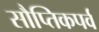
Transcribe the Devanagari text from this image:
सौप्तिकपर्व